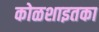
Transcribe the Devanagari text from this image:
कोळशाइतका